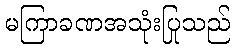
မကြာခဏအသုံးပြုသည်